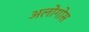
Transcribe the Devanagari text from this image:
अलोगोस